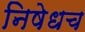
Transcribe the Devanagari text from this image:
निषेधच